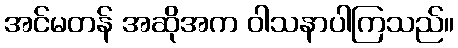
အင်မတန် အဆိုအက ဝါသနာပါကြသည်။